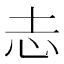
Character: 𢖽